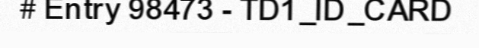
# Entry 98473 - TD1_ID_CARD